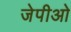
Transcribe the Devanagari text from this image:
जेपीओ